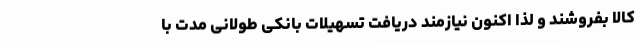
کالا بفروشند و لذا اکنون نیازمند دریافت تسهیلات بانکی طولانی مدت با